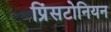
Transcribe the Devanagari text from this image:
प्रिंसटोनियन